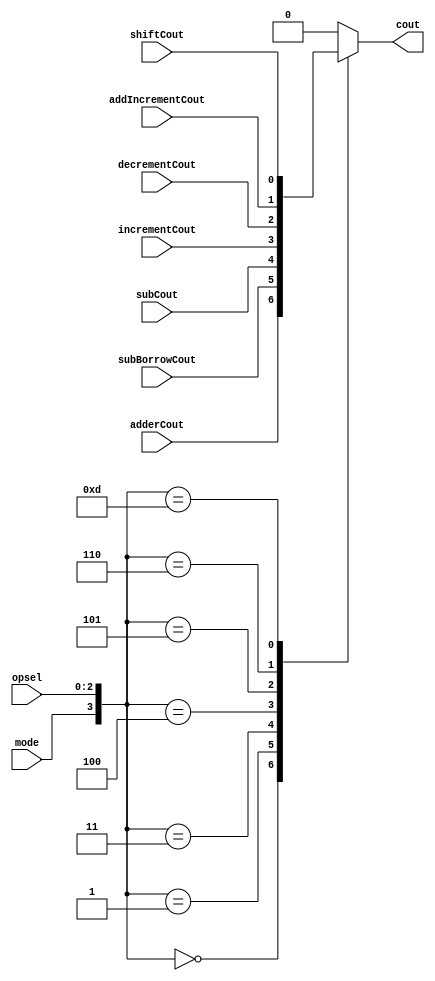
`timescale 1ns / 1ps
//////////////////////////////////////////////////////////////////////////////////
// Company: 
// Engineer: 
// 
// Design Name: 
// Module Name: cout_All
// Project Name: 
// Target Devices: 
// Tool Versions: 
// Description: 
// 
// Dependencies: 
// 
// Revision:
// Revision 0.01 - File Created
// Additional Comments:
// 
//////////////////////////////////////////////////////////////////////////////////


module cout_All(adderCout, subBorrowCout, subCout, incrementCout, decrementCout, addIncrementCout, shiftCout, opsel, mode, cout);
    input adderCout, subBorrowCout, subCout, incrementCout, decrementCout, addIncrementCout, shiftCout, mode;
    input [2:0] opsel;
    output cout;
    
    reg temp;
        
    always @ (mode or opsel)
    begin
         case({mode, opsel})
             4'b0000:
               temp = adderCout;
             4'b0001:
               temp = subBorrowCout;
             4'b0010:
               temp = 1'b0;
             4'b0011:
               temp = subCout;
             4'b0100:
               temp = incrementCout;
             4'b0101:
               temp = decrementCout;
             4'b0110:
               temp = addIncrementCout;
             4'b1000:
               temp = 1'b0;
             4'b1001:
               temp = 1'b0;
             4'b1010:
               temp = 1'b0;
             4'b1011:
               temp = 1'b0;
             4'b1101:
               temp = shiftCout;
             default:
               temp = 1'b0;
        endcase
                 
     end
     assign cout = temp;
endmodule